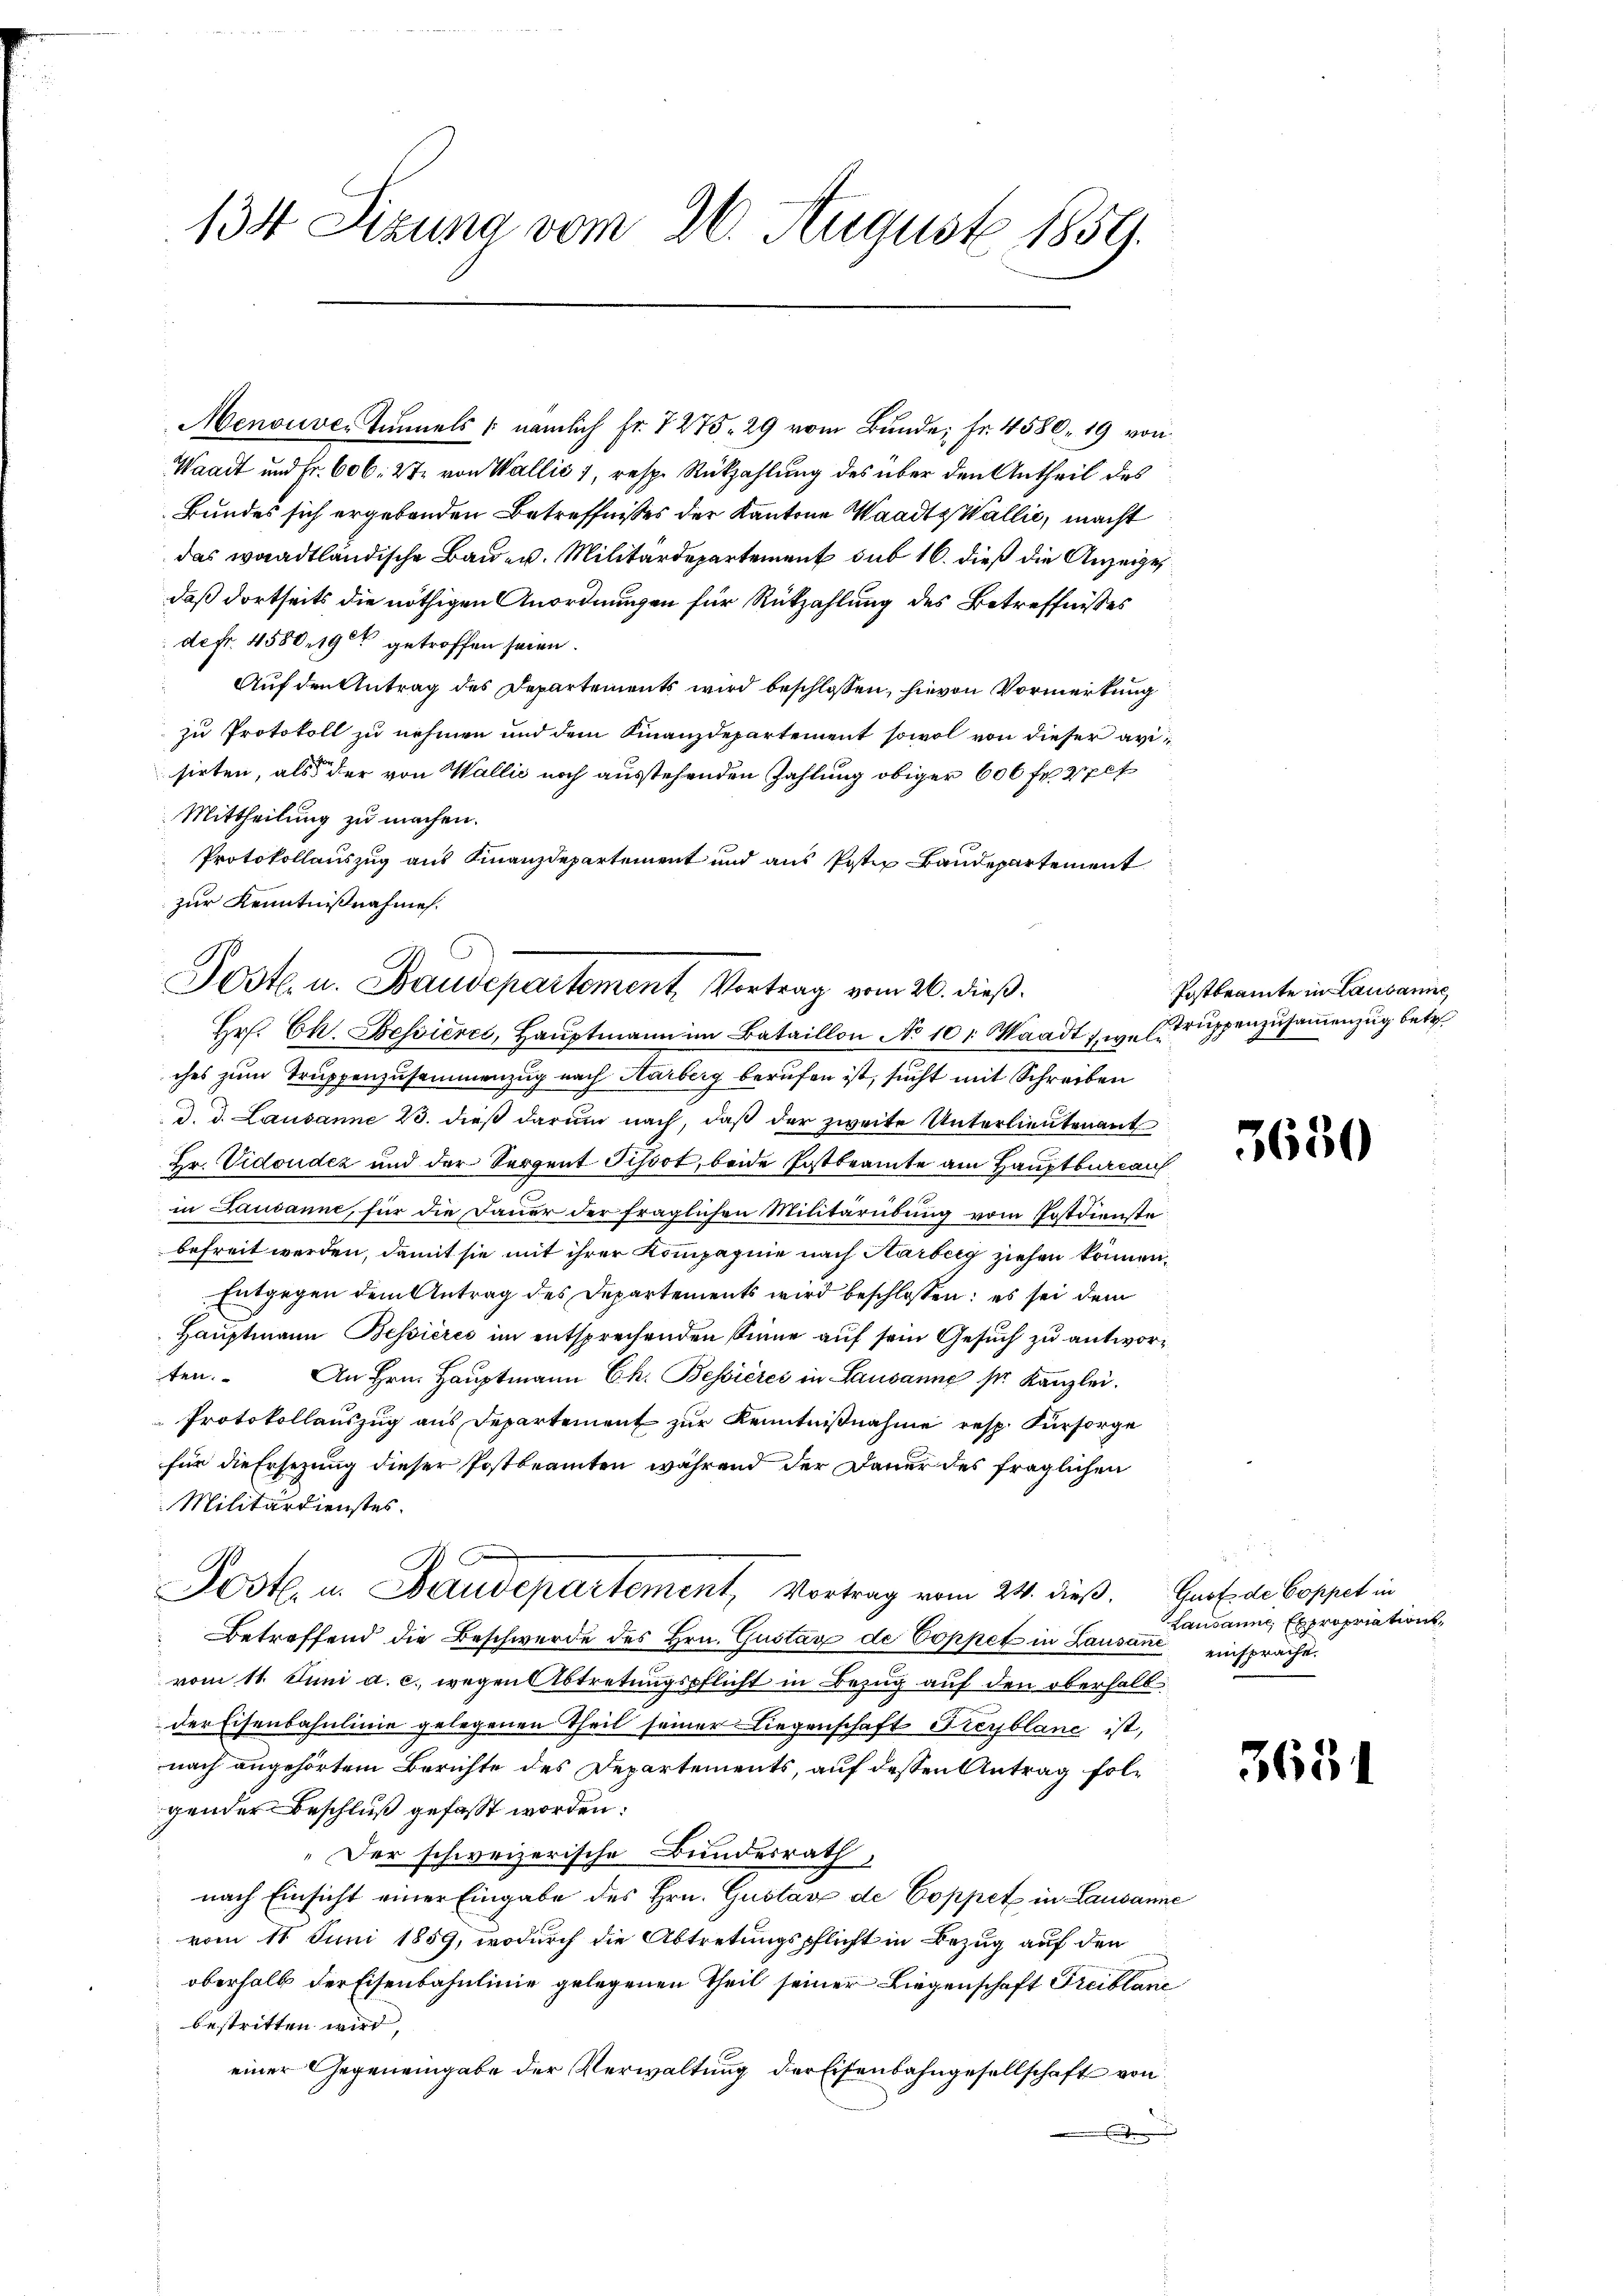
134 Sizung vom 26. August 1859.

Menouver Tunnels, nämlich Fr. 7275. 29 vom Bunde; Fr. 4580. 19 von
Waadt und Fr. 606. 27. von Wallis 1, resp. Rückzahlung des über den Antheil des
Bundes sich ergebenden Betreffnisses der Kantone Waadt, Wallić, macht
das waadtländische Bau- u. Militärdepartement sub 16. dieß die Anzeige
daß dortseits die nöthigen Anordnungen für Rückzahlung des Betreffnisses
defr. 4580. 19 getroffen seien.
Auf den Antrag des Departements wird beschlossen, hievon Vormerkung
zu Protokoll zu nehmen und dem Finanzdepartement sowol von dieser avisirten, als der von Wallis noch ausstehenden Zahlung obiger 600 fr. pe
Mittheilung zu machen.
Protokollauszug aus Finanzdepartement und aus Postiz Baudepartement
zur Kenntnißnahme.

ches zum Truppenzusammenzug nach Harberg berufen ist, sucht mit Schreiben
d. d. Lausanne 23. dieß darum nach, daß der zweite Unterlieutenant
Hr. Vidoudez und der Sergent Pissot, beide Postbeamte am Hauptbureauf
in Lausanne, für die Dauer der fraglichen Militärübung vom Postdienste
befreit werden, damit sie mit ihrer Kompagnie nach Harberg ziehen können,
Entgegen dem Antrag des Departements wird beschlossen: es sei dem
Hauptmann Bessieres im entsprechenden Sinne auf sein Gesuch zu antworten.
An Hrn. Hauptmann Ch. Bessieres in Lausanne sr. Kanzlei.
Protokollauszug aus Departement zur Kenntnißnahme resp. Fürsorge
für die Ersezung dieser Postbeamten während der Dauer des fraglichen
Militärdienstes.
A
A
Fostl. u. Baudepartement, Vortrag vom 24. dieß.
Betreffend die Beschwerde des Hrn. Gustax de Coppet in Lausane einspracht.
vom 11. Juni a. c. wegen Abtretungspflicht in Bezug auf den oberhalb
der Eisenbahnlinie gelegenen Theil seiner Liegenschaft Freyblane ist,
nach angehörtem Berichte des Departements, auf dessen Antrag folgender Beschluß gefasst worden:
„Der schweizerische Bundesrath,
nach Einsicht einer Eingabe des Hrn. Gustanz de Coppet in Lausanne
vom 11. Juni 1859, wodurch die Abtretungspflicht in Bezug auf den
oberhalb der Eisenbahnlinie gelegenen Theil seiner Liegenschaft Freiblanc
bestritten wird,
einer Gegeneingabe der Verwaltung der Eisenbahngesellschaft von
.

Post u. Baudepartement Vortrag vom 26. dieß.
Hr. Ch. Bessieres, Haŭptmann im Bataillon No 10, Waadt zw. Er truppenzusammenzug betr.

Postbeamte in Lausanne

3650

Gust de Coppet in
Lausanne Expropriation,

3634